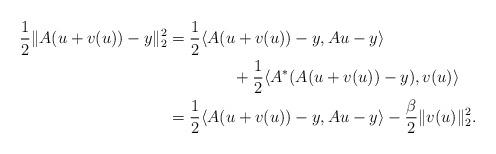
LaTeX: \begin{align*} \begin{aligned} \frac{1}{2}\|A(u+v(u))-y\|_2^2 &= \frac{1}{2}\langle A(u+v(u))-y,Au-y\rangle\\ &\qquad\qquad{}+ \frac{1}{2}\langle A^*(A(u+v(u))-y),v(u)\rangle\\ &= \frac{1}{2}\langle A(u+v(u))-y,Au-y\rangle - \frac{\beta}{2}\|v(u)\|_2^2. \end{aligned} \end{align*}